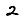
Digit: 2